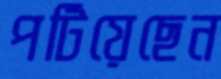
পটিয়েছেন